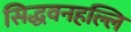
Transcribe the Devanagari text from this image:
सिद्धवनहल्लि